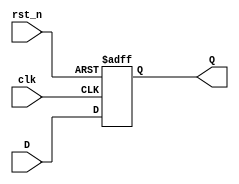
module dff (
    input clk,
    input rst_n,
    input D,
    output reg Q
);

    always @(posedge clk or negedge rst_n) begin
        if (!rst_n)
            Q <= 1'b0;
        else
            Q <= D;
    end

endmodule